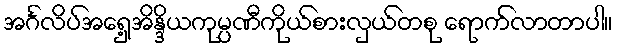
အင်္ဂလိပ်အရှေ့အိန္ဒိယကုမ္ပဏီကိုယ်စားလှယ်တစု ရောက်လာတာပါ။